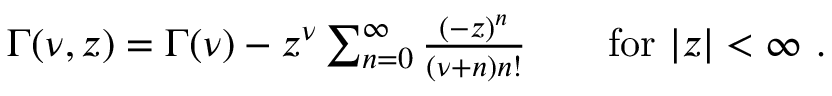
\begin{array} { r } { \Gamma ( \nu , z ) = \Gamma ( \nu ) - z ^ { \nu } \sum _ { n = 0 } ^ { \infty } \frac { ( - z ) ^ { n } } { ( \nu + n ) n ! } \qquad \mathrm { f o r } \ | z | < \infty \ . } \end{array}